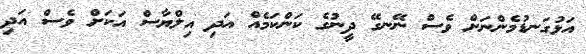
އަޅުގަނޑުމެންނަށް ވެސް ނޭނގޭ ދީނުގެ ކަންކަމެއް އަދި އިލްޔާސް އަކަށް ވެސް އަދި